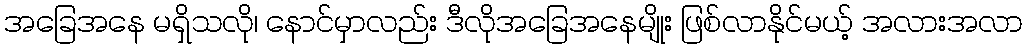
အခြေအနေ မရှိသလို၊ နောင်မှာလည်း ဒီလိုအခြေအနေမျိုး ဖြစ်လာနိုင်မယ့် အလားအလာ